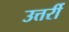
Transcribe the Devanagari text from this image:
उत्तर्री